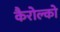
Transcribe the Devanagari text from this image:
कैरोल्को